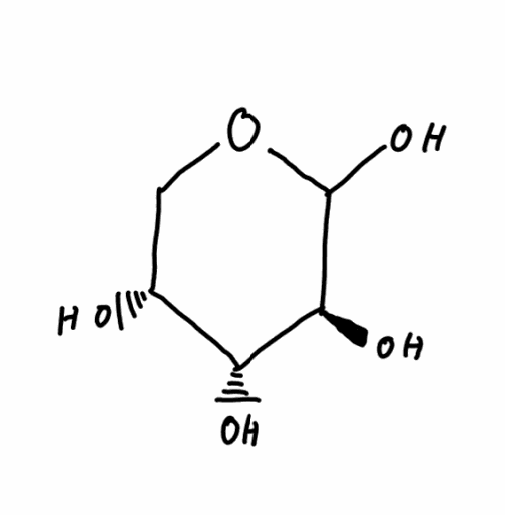
Simplified molecular-input line-entry system (SMILES) notation of the given molecule:
C1[C@H]([C@H]([C@@H](C(O1)O)O)O)O